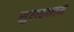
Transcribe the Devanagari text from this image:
सुलहनामे